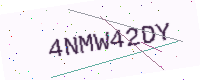
Text: 4NMW42DY